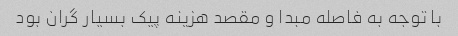
با توجه به فاصله مبدا و مقصد هزینه پیک بسیار گران بود